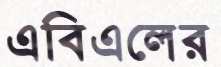
এবিএলের